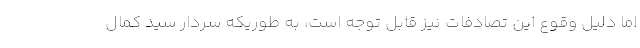
اما دلیل وقوع این تصادفات نیز قابل توجه است، به طوریکه سردار سید کمال